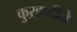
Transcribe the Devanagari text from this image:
कुऱ्हाडीने